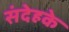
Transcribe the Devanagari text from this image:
संदेहके